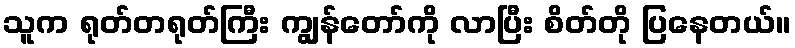
သူက ရုတ်တရုတ်ကြီး ကျွန်တော်ကို လာပြီး စိတ်တို ပြနေတယ်။